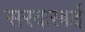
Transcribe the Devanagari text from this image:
सरदारबाई